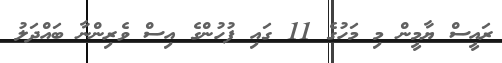
ރައީސް ޔާމީން މި މަހުގެ 11 ގައި ފުުހުންގެ އިސް ވެރިންނާ ބައްދަލު